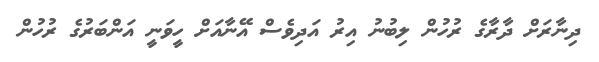
ދިނާރަށް ދާރާގެ ރުހުން ލިބުނު އިރު އަދިވެސް އޭނާއަށް ހީވަނީ އަންބަރުގެ ރުހުން